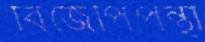
বিজেপিপন্থী